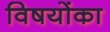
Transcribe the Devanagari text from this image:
विषयोंका